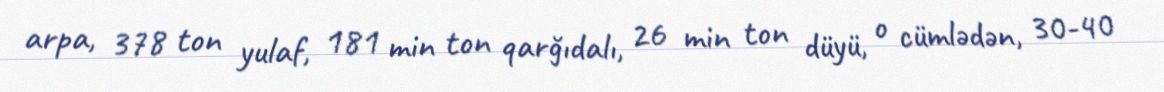
arpa, 378 ton yulaf, 181 min ton qarğıdalı, 26 min ton düyü, o cümlədən, 30-40